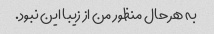
به هر حال منظور من از زیبا این نبود.